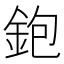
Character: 鉋